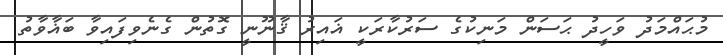
މުޙައްމަދު ވަހީދު ޙަސަން މަނިކުގެ ސަރުކާރަކީ ޣައިރު ޤާނޫނީ ގޮތުން ގެނެވިފައިވާ ބަޣާވާތު